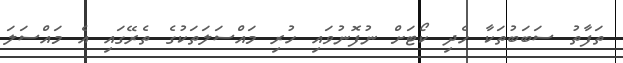
ތަފާތު ސަބަބުތަކާ ހެދި ކޯޓަށް ނުފޮނުވައި ހުރި މައްސަލަތަކުގެ ތެރޭގައި އެ މައްސަލަ